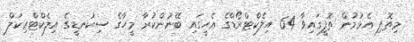
މިތޮފި އެޅުމުން ތޮފީގައިވާ 64 އިލެކްޓްރޯޑްގެ އެހީގައި ބޭނުންކުރާ މީހާގެ ސިކުނޑީގެ އިލެކްޓްރިކަލް